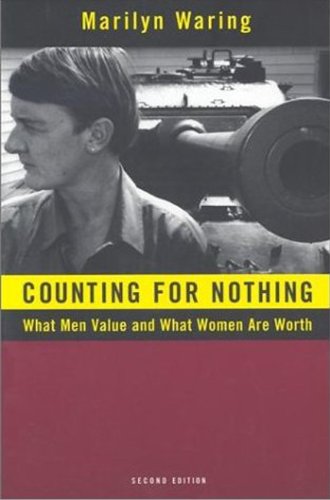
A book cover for Counting for Nothing: What Men Value and What Women are Worth; Marilyn Waring; Business & Money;